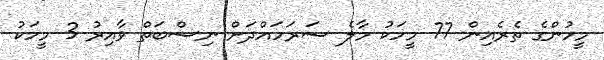
މީހުންގެ ތެރެއިން 77 މީހަކު މާލެ ސަރަހައްދަށް ނިސްބަތް ވާއިރު 3 މީހަކު